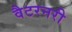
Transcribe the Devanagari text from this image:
वैटरनरी